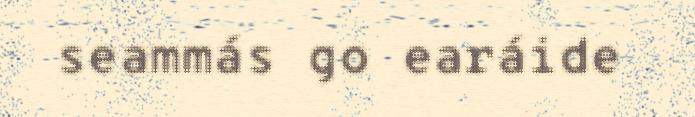
seammás go earáide